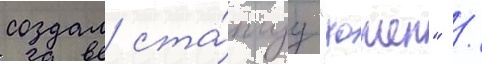
создал ста́туу "хошен" /